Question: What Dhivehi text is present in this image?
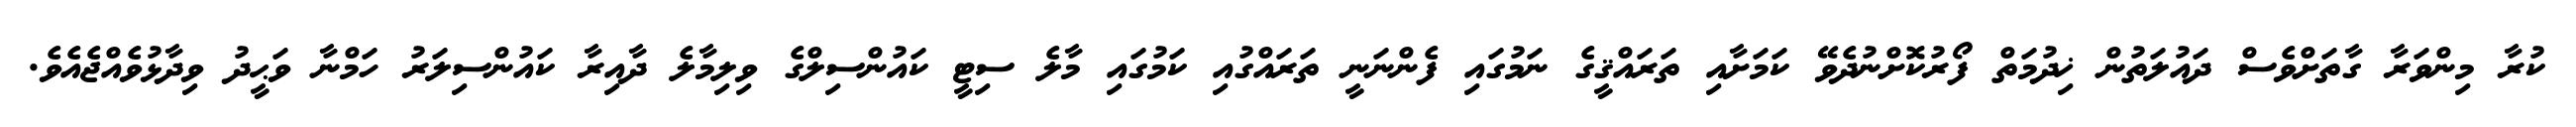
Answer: ކުރާ މިންވަރާ ގާތަށްވެސް ދައުލަތުން ޚިދުމަތް ފޯރުކޮށްނުދެވޭ ކަމަށާއި ތަރައްޤީގެ ނަމުގައި ފެންނަނީ ތަރައްގުއި ކަމުގައި މާލެ ސިޓީ ކައުންސިލްގެ ވިލިމާލެ ދާއިރާ ކައުންސިލަރު ހަމްނާ ވަޙީދު ވިދާޅުވެއްޖެއެވެ.